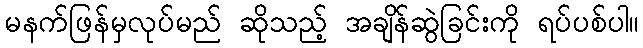
မနက်ဖြန်မှလုပ်မည် ဆိုသည့် အချိန်ဆွဲခြင်းကို ရပ်ပစ်ပါ။